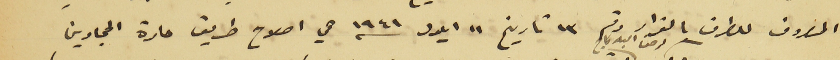
المصروف للطرق بالقرار رقم ١٣ تاريخ ١١ ايلول سنه ١٩٤١ هي اصلاح طريق حارة الحجارين